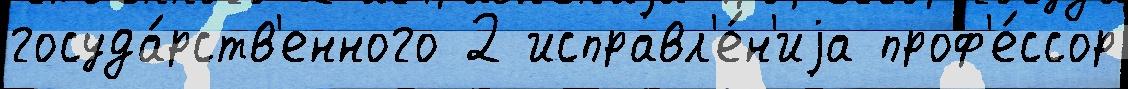
госуда́рств'енного 2 исправл'е́н'иjа проф'е́ссор